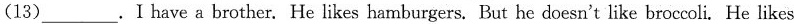
(13)___.I have a brother. He likes hamburgers. But he doesn't like broccoli. He likes